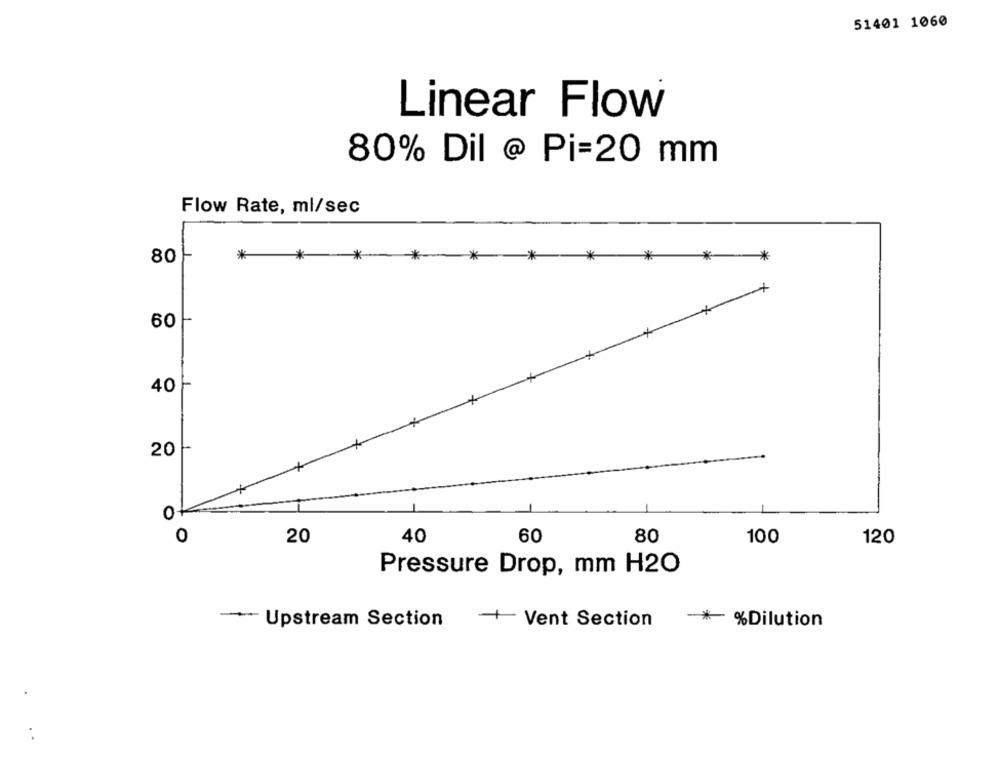
51401 1060
Linear Flow
80% Dil @ Pi=20 mm
Flow Rate, ml/sec
80
* **
~*~*** * **
60
40
20
O
+
0
20
40
60
80
100
120
Pressure Drop, mm H2O
+ Vent Section
- Upstream Section
* %Dilution